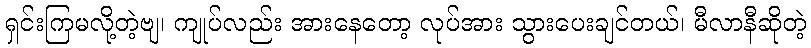
ရှင်းကြမလို့တဲ့ဗျ၊ ကျုပ်လည်း အားနေတော့ လုပ်အား သွားပေးချင်တယ်၊ မီလာနီဆိုတဲ့